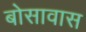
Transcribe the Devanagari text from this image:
बोसावास